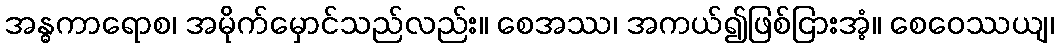
အန္ဓကာရောစ၊ အမိုက်မှောင်သည်လည်း။ စေအဿ၊ အကယ်၍ဖြစ်ငြားအံ့။ စေဝေဿယျ၊